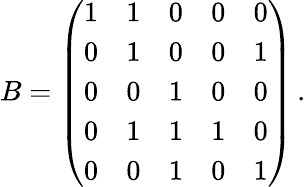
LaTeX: B=\left(\begin{array}{lllll}{1}&{1}&{0}&{0}&{0}\\ {0}&{1}&{0}&{0}&{1}\\ {0}&{0}&{1}&{0}&{0}\\ {0}&{1}&{1}&{1}&{0}\\ {0}&{0}&{1}&{0}&{1}\end{array}\right)\, .